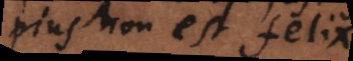
pius non est felix.